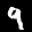
Label: 9